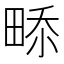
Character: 𤲎